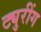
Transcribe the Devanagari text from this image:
ट्युरींग